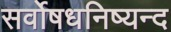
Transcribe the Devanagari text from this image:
सर्वोषधनिष्यन्द